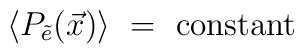
\langle P_{\tilde e}(\vec x)\rangle~=~{\rm constant}